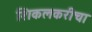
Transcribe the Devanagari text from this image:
शिकलकरीचा